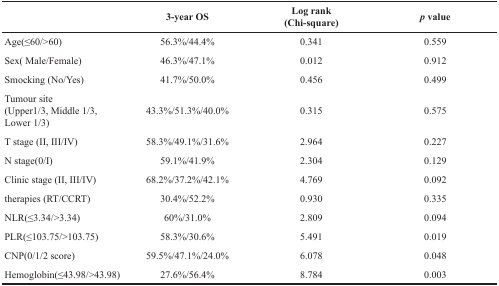
<table><thead><tr><td></td><td><b>3-year OS</b></td><td><b>Log rank(Chi-square)</b></td><td><b><i>p</i> value</b></td></tr></thead><tbody><tr><td>Age(≤60/&gt;60)</td><td>56.3%/44.4%</td><td>0.341</td><td>0.559</td></tr><tr><td>Sex(Male/Female)</td><td>46.3%/47.1%</td><td>0.012</td><td>0.912</td></tr><tr><td>Smocking (No/Yes)</td><td>41.7%/50.0%</td><td>0.456</td><td>0.499</td></tr><tr><td>Tumour site(Upper1/3, Middle 1/3, Lower 1/3)</td><td>43.3%/51.3%/40.0%</td><td>0.315</td><td>0.575</td></tr><tr><td>T stage (II, III/IV)</td><td>58.3%/49.1%/31.6%</td><td>2.964</td><td>0.227</td></tr><tr><td>N stage(0/I)</td><td>59.1%/41.9%</td><td>2.304</td><td>0.129</td></tr><tr><td>Clinic stage (II, III/IV)</td><td>68.2%/37.2%/42.1%</td><td>4.769</td><td>0.092</td></tr><tr><td>therapies (RT/CCRT)</td><td>30.4%/52.2%</td><td>0.930</td><td>0.335</td></tr><tr><td>NLR(≤3.34/&gt;3.34)</td><td>60%/31.0%</td><td>2.809</td><td>0.094</td></tr><tr><td>PLR(≤103.75/&gt;103.75)</td><td>58.3%/30.6%</td><td>5.491</td><td>0.019</td></tr><tr><td>CNP(0/1/2 score)</td><td>59.5%/47.1%/24.0%</td><td>6.078</td><td>0.048</td></tr><tr><td>Hemoglobin(≤43.98/&gt;43.98)</td><td>27.6%/56.4%</td><td>8.784</td><td>0.003</td></tr></tbody></table>